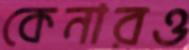
কেনারও